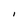
Character: l